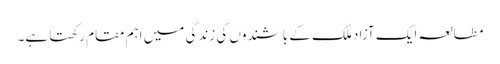
مطالعہ ایک آزاد ملک کے باشندوں کی زندگی میں اہم مقام رکھتا ہے۔